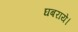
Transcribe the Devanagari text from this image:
घबराये।